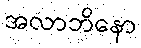
အလာဘိနော